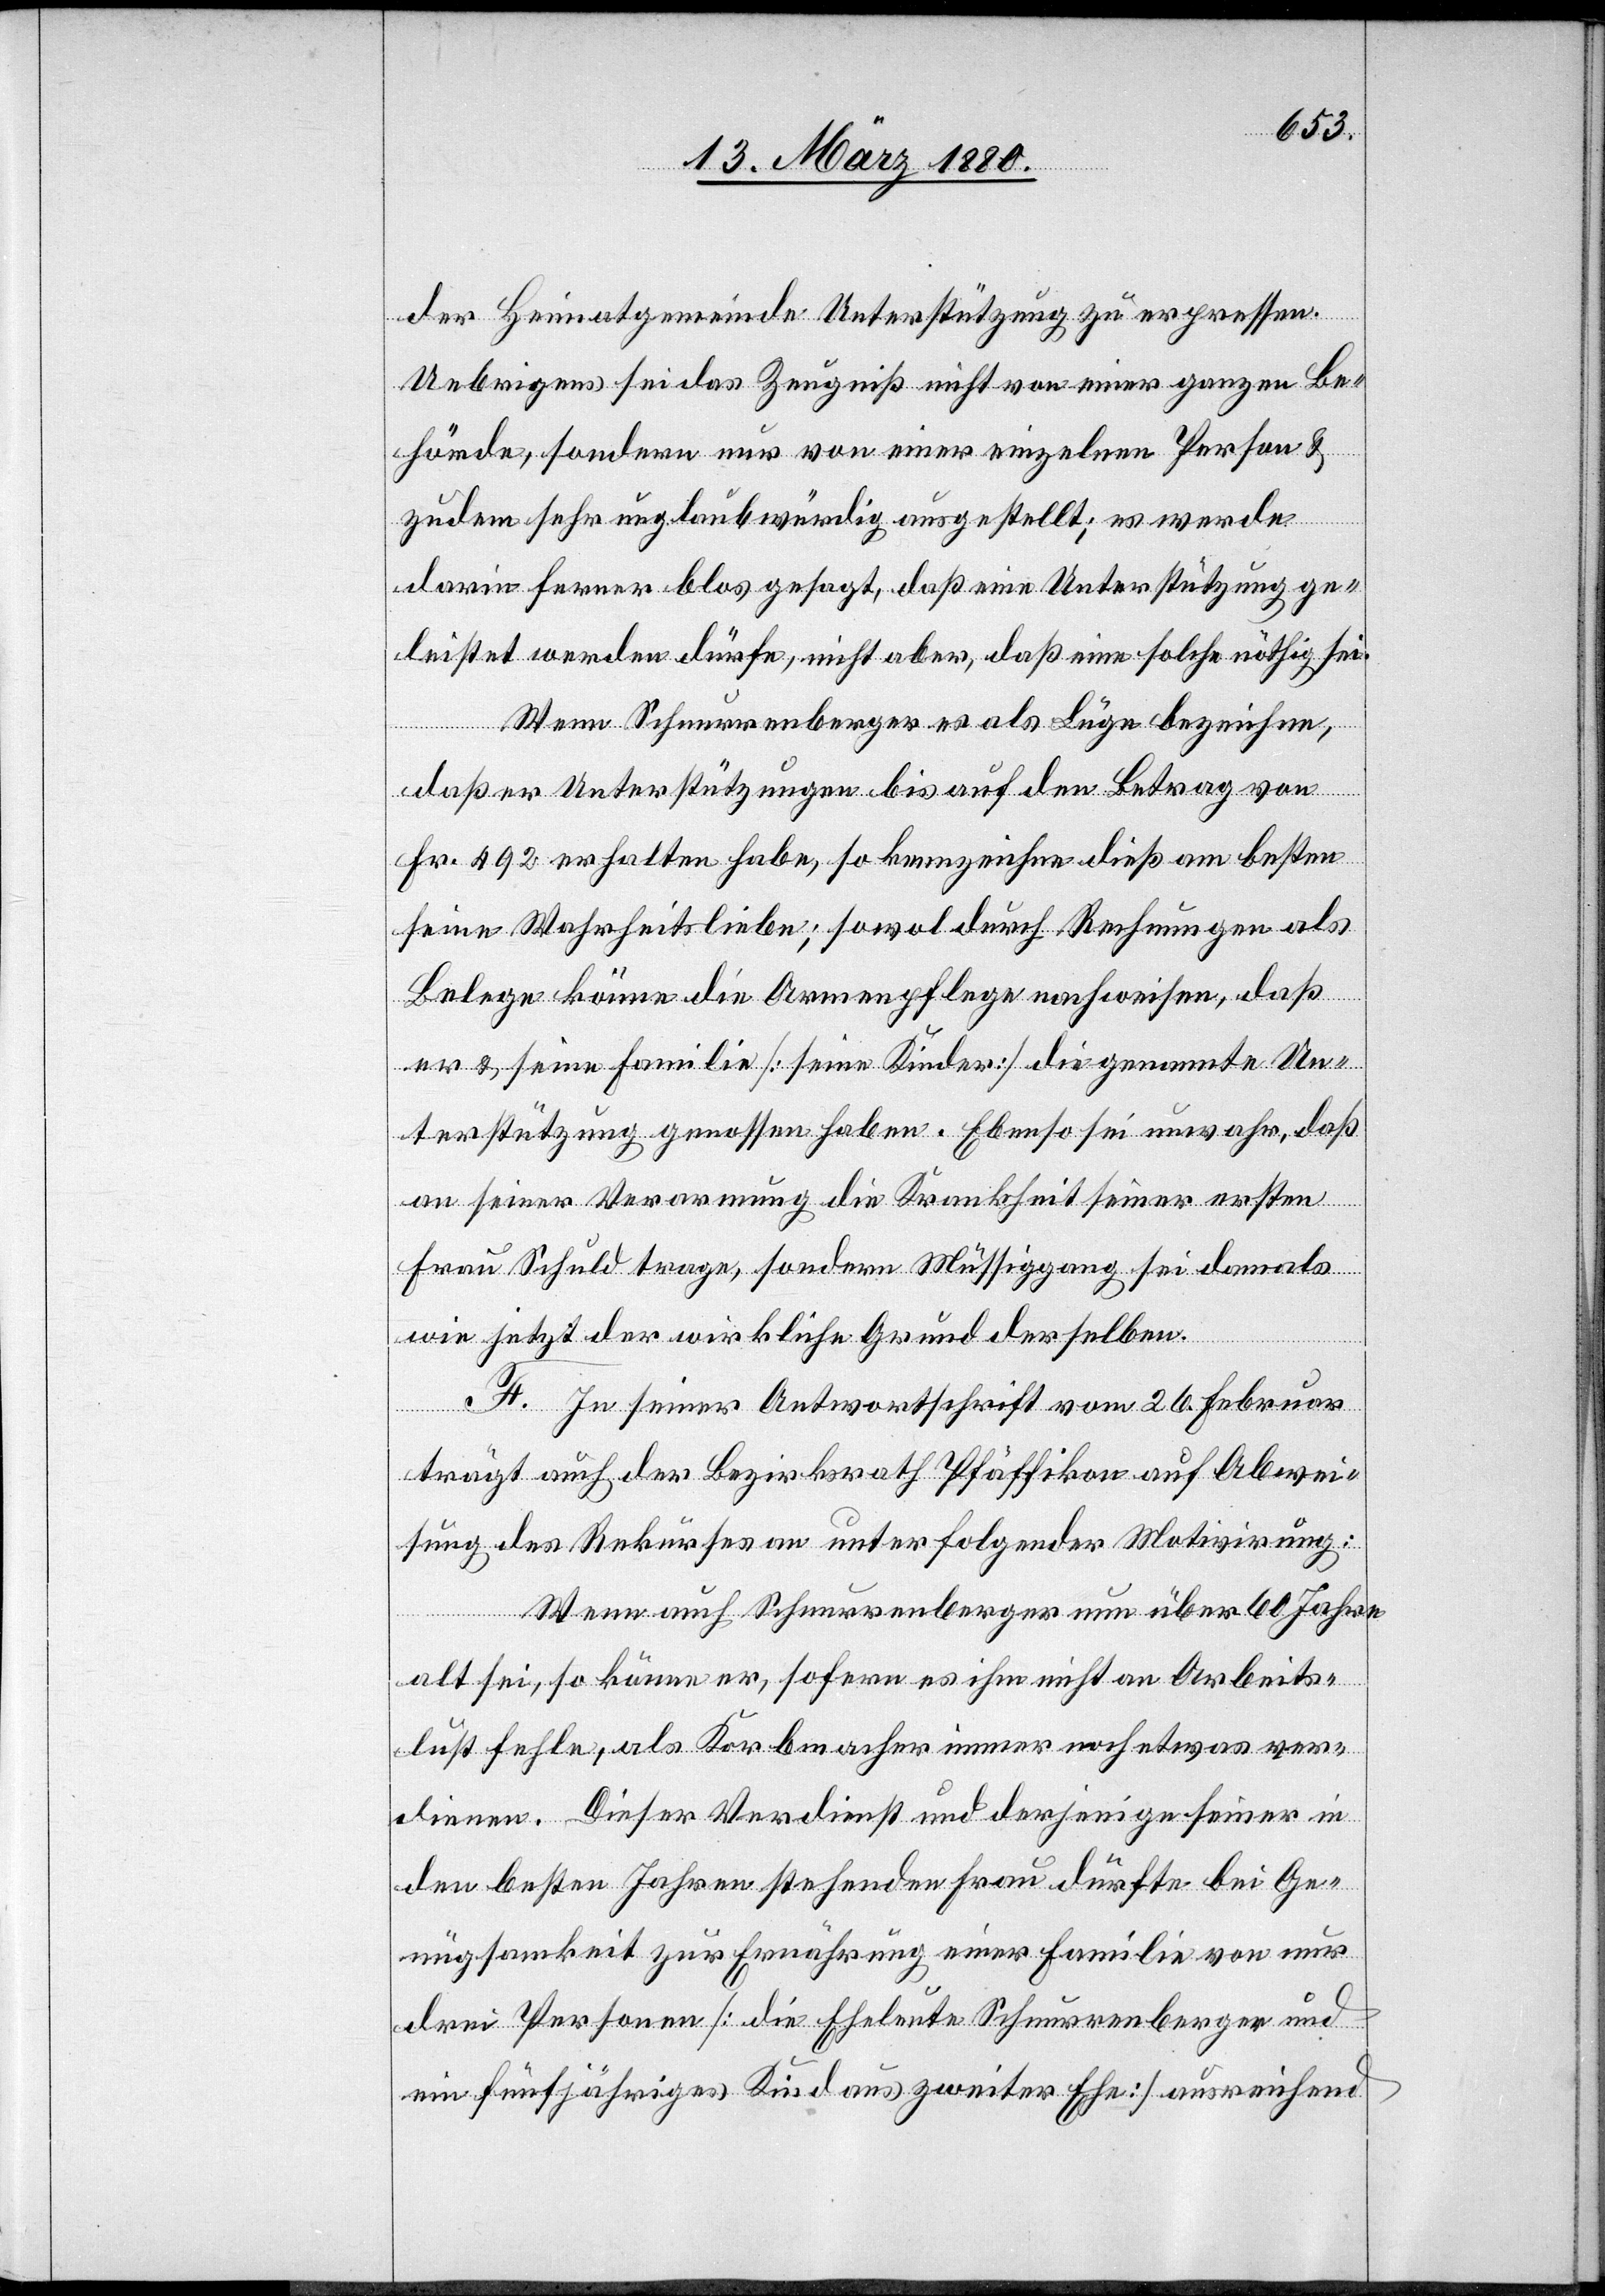
der Heimatgemeinde Unterstützung zu erpressen.
Uebrigens sei das Zeugniß nicht von einer ganzen Be¬
hörde, sondern nur von einer einzelnen Person &
zudem sehr unglaubwürdig ausgestellt; es werde
darin ferner blos gesagt, daß eine Unterstützung ge¬
leistet werden dürfe, nicht aber, daß eine solche nöthig sei.
Wenn Schnurrenberger es als Lüge bezeichne,
daß er Unterstützungen bis auf den Betrag von
Fr. 492 erhalten habe, so kennzeichne dieß am besten
seine Wahrheitsliebe; sowol durch Rechnungen als
Belege könne die Armenpflege nachweisen, daß
er & seine Familie [seine Kinder] die genannte Un¬
terstützung genossen haben. Ebenso sei unwahr, daß
an seiner Verarmung die Krankheit seiner ersten
Frau Schuld trage, sondern Müssiggang sei damals
wie jetzt der wirkliche Grund derselben.
F. In seiner Antwortschrift vom 26. Februar
trägt auch der Bezirksrath Pfäffikon auf Abwei¬
sung des Rekurses an unter folgender Motivirung:
Wenn auch Schnurrenberger nun über 60 Jahr
alt sei, so könne er, sofern es ihm nicht an Arbeits¬
lust fehle, als Korbmacher immer noch etwas ver¬
dienen. Dieser Verdienst und derjenige seiner in
den besten Jahren stehenden Frau dürfte bei Ge¬
nügsamkeit zur Ernährung einer Familie von nur
drei Personen [die Eheleute Schnurrenberger und
ein fünfjähriges Kind aus zweiter Ehe] ausreichend